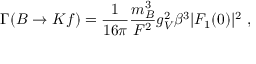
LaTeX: \Gamma ( B \to K f ) = \frac { 1 } { 1 6 \pi } \frac { m _ { B } ^ { 3 } } { F ^ { 2 } } g _ { V } ^ { 2 } \beta ^ { 3 } | F _ { 1 } ( 0 ) | ^ { 2 } \ ,